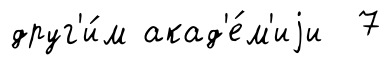
друг'и́м акад'е́м'иjи 7